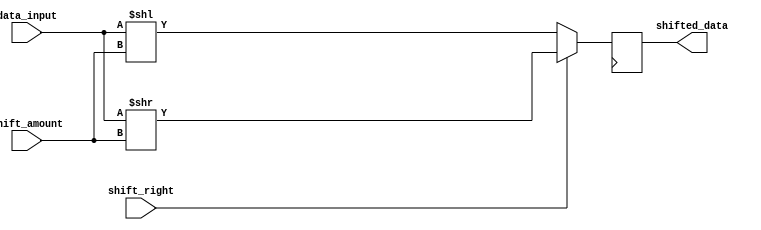
module Barrel_Shifter(
    input wire [7:0] data_input,
    input wire [2:0] shift_amount,
    input wire shift_right,
    output reg [7:0] shifted_data
);

    reg [7:0] temp_data;

    always @ (data_input, shift_amount, shift_right) begin
        if (shift_right) begin
            temp_data = data_input >> shift_amount;
        end else begin
            temp_data = data_input << shift_amount;
        end
    end

    always @ (posedge clk) begin
        shifted_data <= temp_data;
    end

endmodule